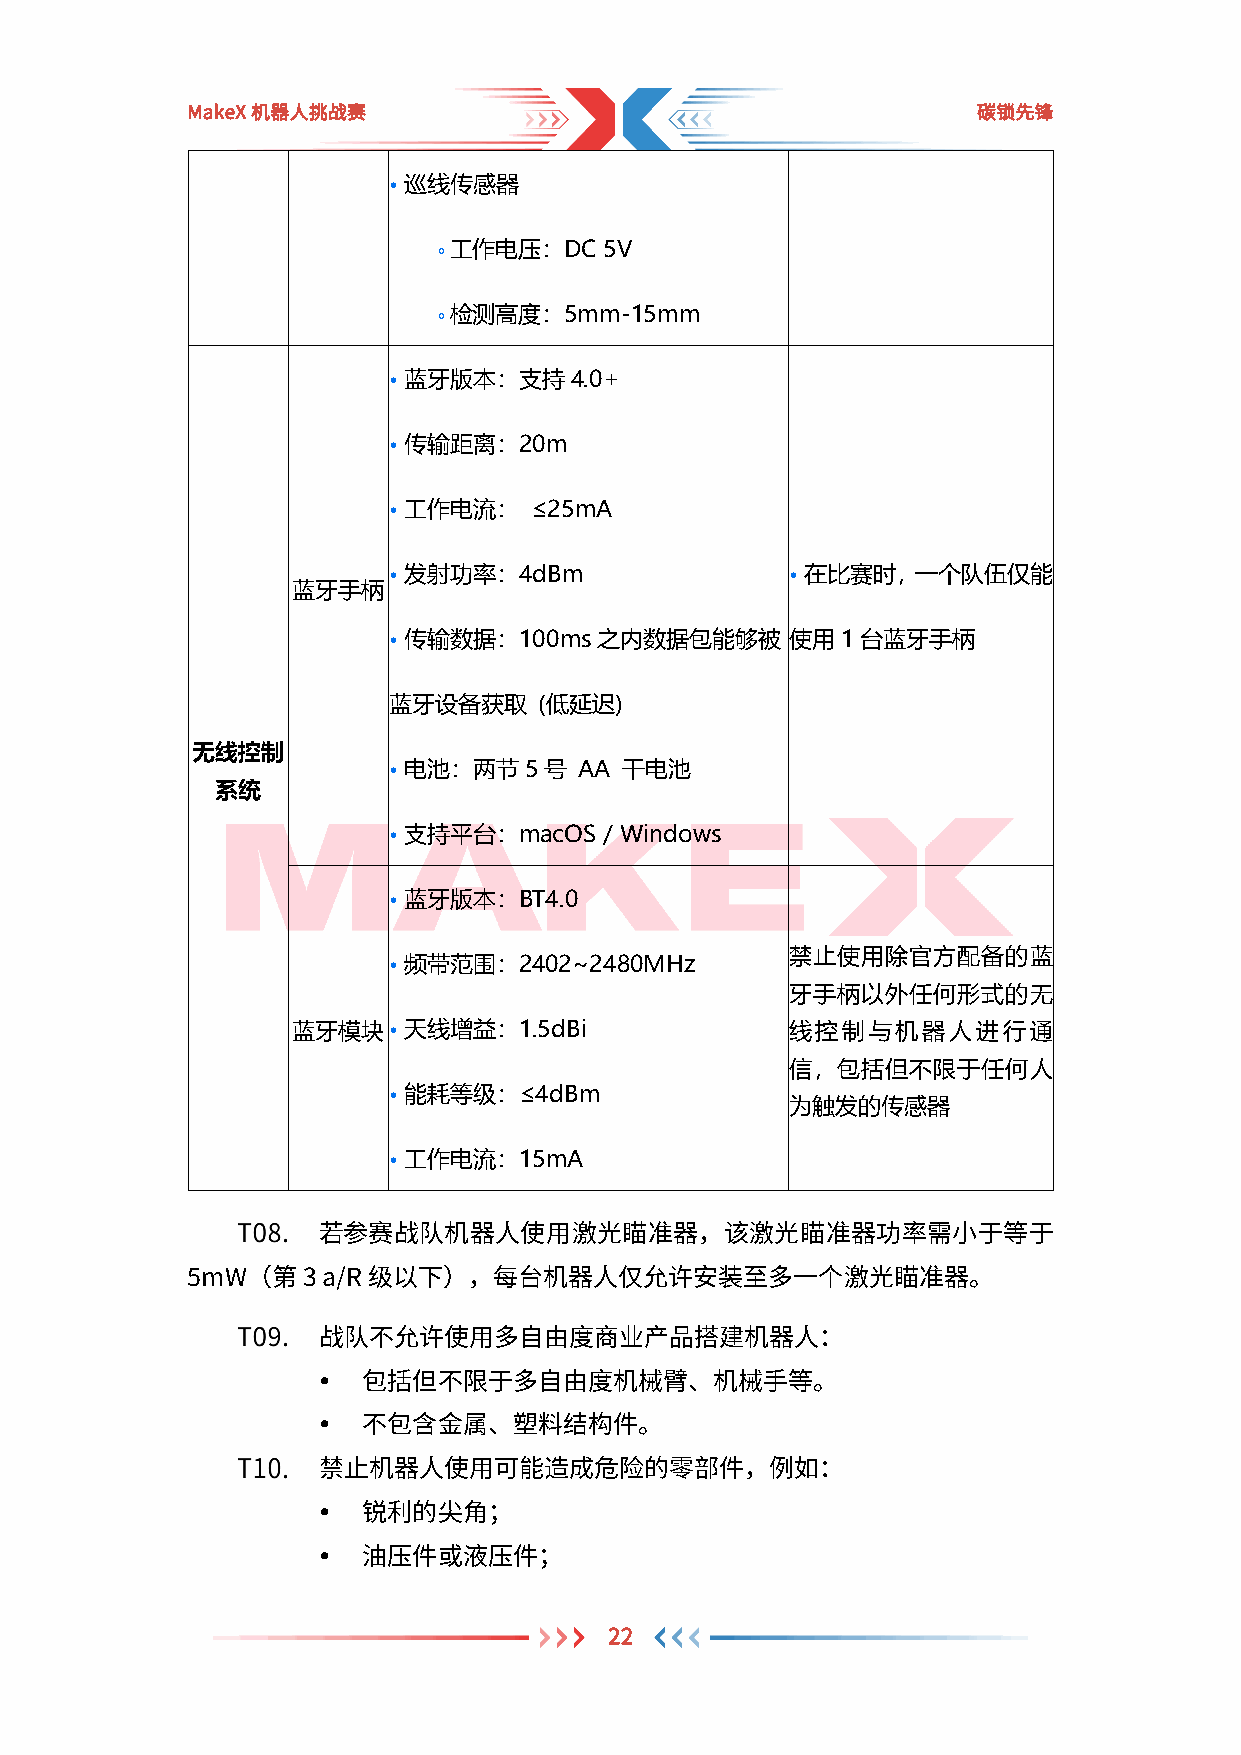
MakeX机器人挑战赛                                          碳锁先锋
 • 巡线传感器
 ￮ 工作电压：DC  5V
 ￮ 检测高度：5mm-15mm
 • 蓝牙版本：支持4.0+
 • 传输距离：20m
 • 工作电流：  ≤25mA
 • 发射功率：4dBm               • 在比赛时，一个队伍仅能
 蓝牙手柄
 • 传输数据：100ms之内数据包能够被      使用1台蓝牙手柄
 蓝牙设备获取    (低延迟)
 无线控制
 • 电池：两节5号   AA 干电池
 系统
 • 支持平台：macOS  / Windows
 • 蓝牙版本：BT4.0
 禁止使用除官方配备的蓝
 • 频带范围：2402~2480MHz
 牙手柄以外任何形式的无
 蓝牙模块   • 天线增益：1.5dBi             线控制与机器人进行通
 信，包括但不限于任何人
 • 能耗等级：≤4dBm
 为触发的传感器
 • 工作电流：15mA
 若参赛战队机器人使用激光瞄准器，该激光瞄准器功率需小于等于
 5mW（第3   a/R 级以下），每台机器人仅允许安装至多一个激光瞄准器。
 战队不允许使用多自由度商业产品搭建机器人：
 
 包括但不限于多自由度机械臂、机械手等。
 
 不包含金属、塑料结构件。
 禁止机器人使用可能造成危险的零部件，例如：
 
 锐利的尖角；
 
 油压件或液压件；
 22